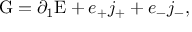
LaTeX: \mathrm { G } = \partial _ { 1 } \mathrm { E } + e _ { + } j _ { + } + e _ { - } j _ { - } ,